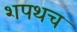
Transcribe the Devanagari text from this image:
शपथच